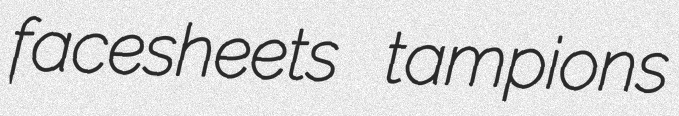
facesheets tampions